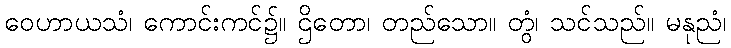
ဝေဟာယသံ၊ ကောင်းကင်၌။ ဌိတော၊ တည်သော။ တွံ၊ သင်သည်။ မနုညံ၊